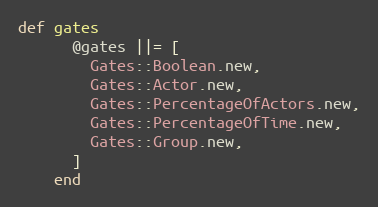
Language: Ruby
def gates
      @gates ||= [
        Gates::Boolean.new,
        Gates::Actor.new,
        Gates::PercentageOfActors.new,
        Gates::PercentageOfTime.new,
        Gates::Group.new,
      ]
    end